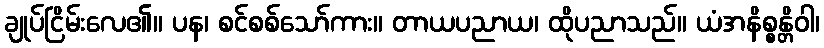
ချုပ်ငြိမ်းလေ၏။ ပန၊ စင်စစ်သော်ကား။ တာယပညာယ၊ ထိုပညာသည်။ ယံအနိစ္စန္တိဝါ၊